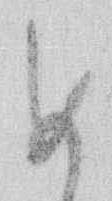
め